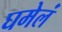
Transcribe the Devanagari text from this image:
घमेलं